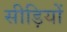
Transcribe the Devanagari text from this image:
सीड़ियों